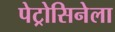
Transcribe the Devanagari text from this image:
पेट्रोसिनेला